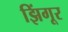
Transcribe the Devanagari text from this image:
झिंगूर